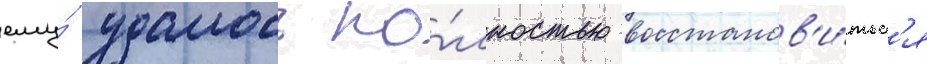
ему́ удалось по́лностью восстанов'и́тьс'я